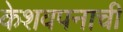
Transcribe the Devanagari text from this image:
केशवपनाची